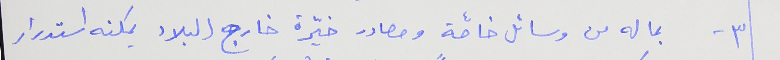
٣ - بما له من وسائل خاصّة ومصادر خيّرة خارج البلاد يمكنه استدرار